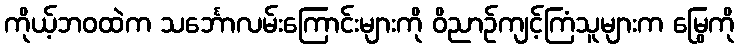
ကိုယ့်ဘဝထဲက သင်္ဘောလမ်းကြောင်းများကို ဝိညာဉ်ကျင့်ကြံသူများက မြွေကို